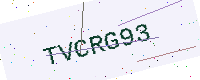
Text: TVCRG93